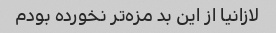
لازانیا از این بد مزه‌تر نخورده بودم